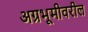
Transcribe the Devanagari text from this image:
अग्रभूमीवरील